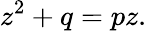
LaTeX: z^{2}+q=pz.